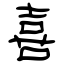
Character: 喜